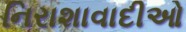
નિરાશાવાદીઓ